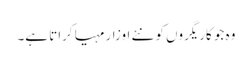
وہ جو کاریگروں کو نئے اوزار مہیا کراتا ہے۔